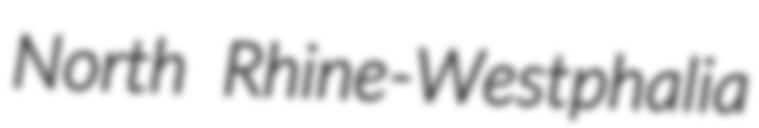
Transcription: North Rhine-Westphalia